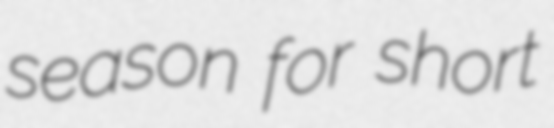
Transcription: season for short